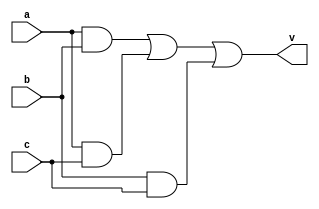
// simple verilog voter

`timescale 1ns / 1ps

module voter (
	input wire a,
	input wire b,
	input wire c,
	output wire v
	);
	
	assign v=a&b|a&c|b&c;
	
endmodule